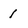
Character: I